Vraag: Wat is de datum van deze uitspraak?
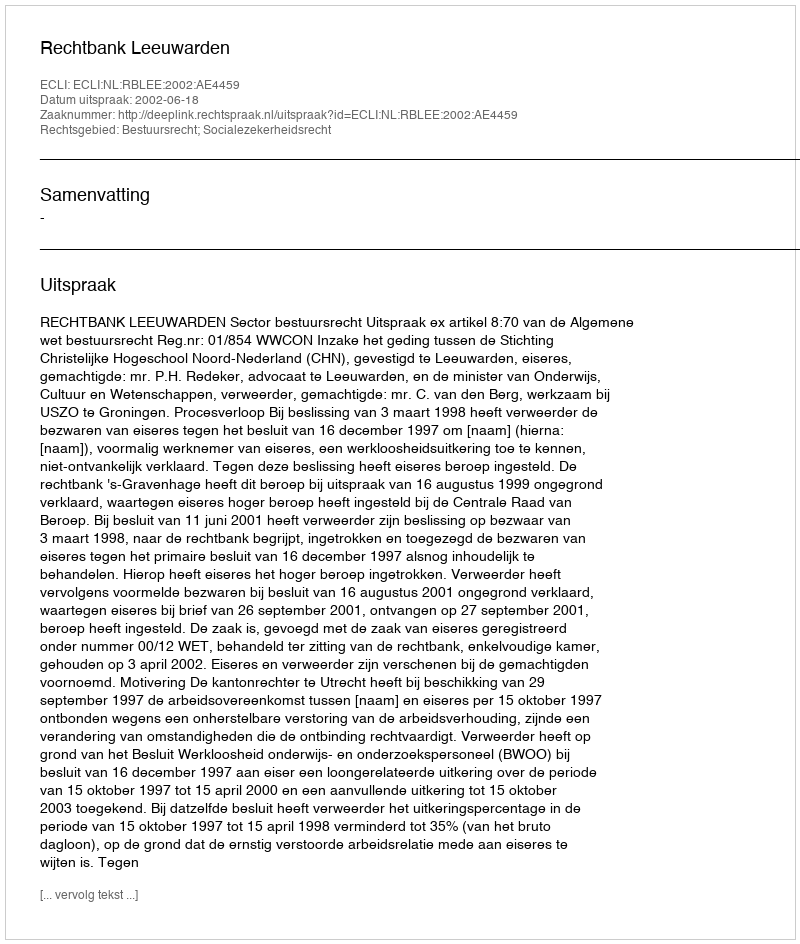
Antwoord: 2002-06-18